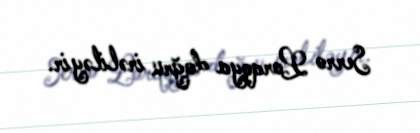
Serro Lorqoya doğru irəliləyir.